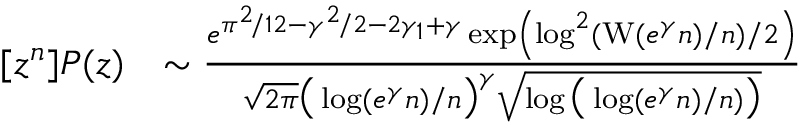
\begin{array} { r l } { [ z ^ { n } ] P ( z ) } & { \sim \frac { e ^ { \pi ^ { 2 } \! / 1 2 - \gamma ^ { 2 } \! / 2 - 2 \gamma _ { 1 } + \gamma } \exp \left( \log ^ { 2 } ( \operatorname { W } ( e ^ { \gamma } n ) / n ) / 2 \right) } { \sqrt { 2 \pi } \big ( \log ( e ^ { \gamma } n ) / n \big ) ^ { \gamma } \sqrt { \log \big ( \log ( e ^ { \gamma } n ) / n ) \big ) } } } \end{array}